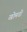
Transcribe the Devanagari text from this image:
खोमचों